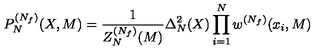
P _ { N } ^ { ( N _ { f } ) } ( X , M ) = \frac { 1 } { Z _ { N } ^ { ( N _ { f } ) } ( M ) } \Delta _ { N } ^ { 2 } ( X ) \prod _ { i = 1 } ^ { N } w ^ { ( N _ { f } ) } ( x _ { i } , M )